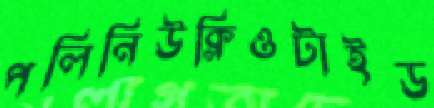
পলিনিউক্লিওটাইড